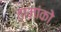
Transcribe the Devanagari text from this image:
तामांको